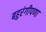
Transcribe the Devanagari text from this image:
बहुरंगीपणा